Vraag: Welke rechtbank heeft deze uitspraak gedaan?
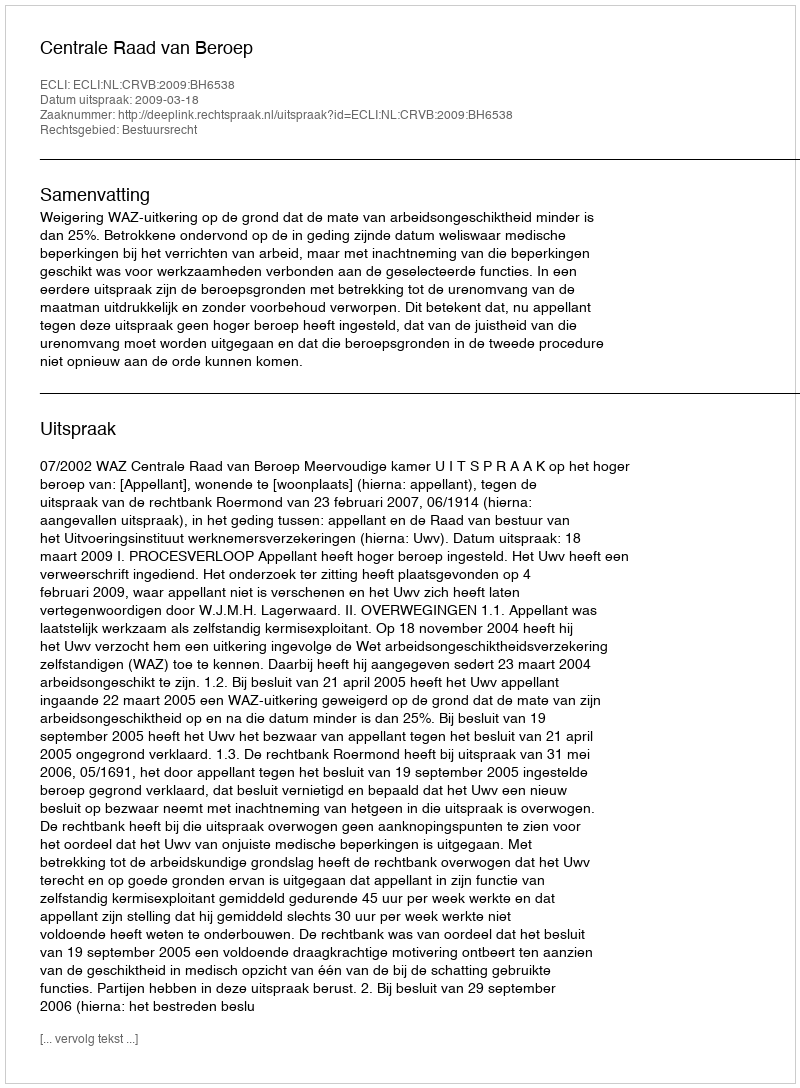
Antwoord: Centrale Raad van Beroep